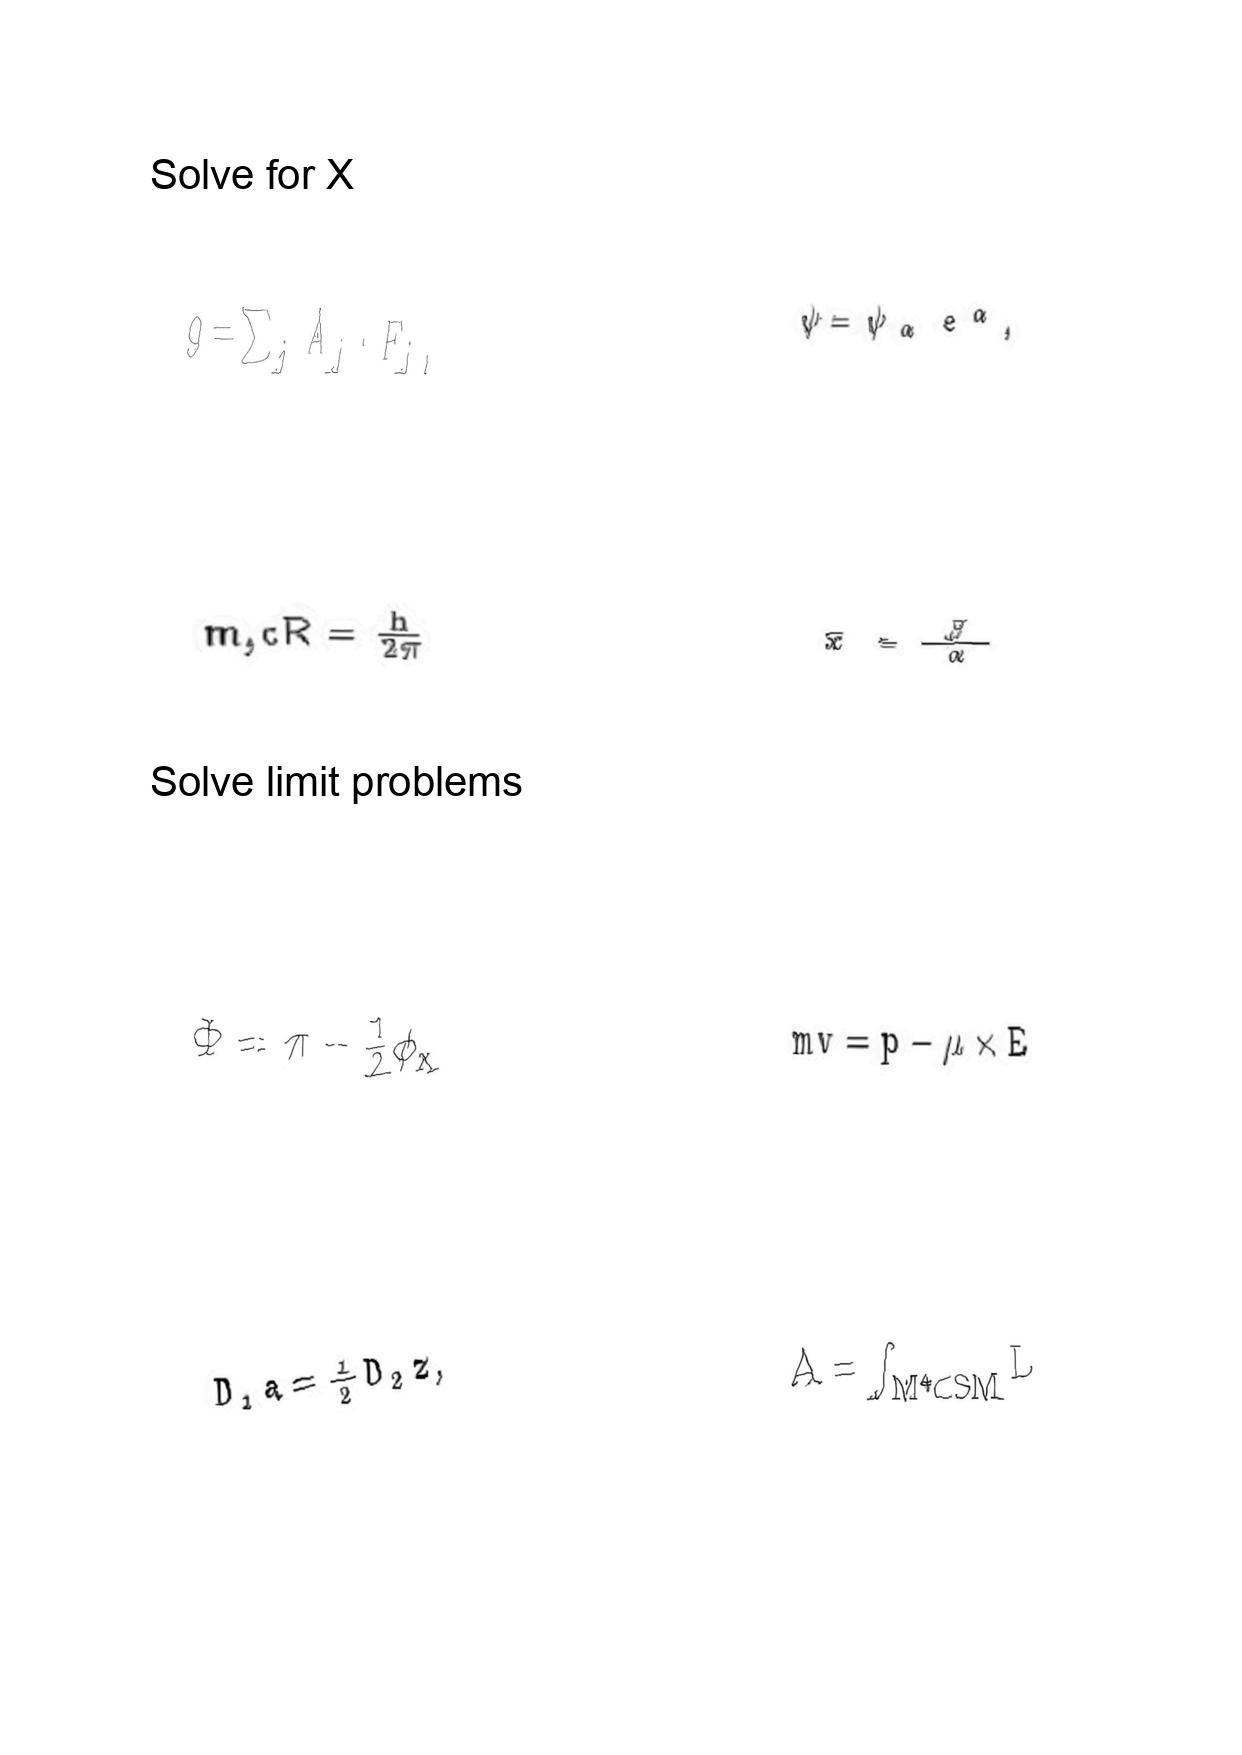
LaTeX transcription:
g = \sum _ { j } A _ { j } \cdot F _ { j } ,
m _ { _ { J } } c R = \frac { h } { 2 \pi }
\Phi = \pi - \frac { 1 } { 2 } \phi _ { x }
D _ { 1 } a = \frac { 1 } { 2 } D _ { 2 } z ,
\psi = \psi _ { \alpha } e ^ { \alpha } ,
\vec { x } = \frac { \vec { \beta } } { \alpha }
m v = p - \mu \times E
A = \int _ { M ^ { 4 } \subset S M } L